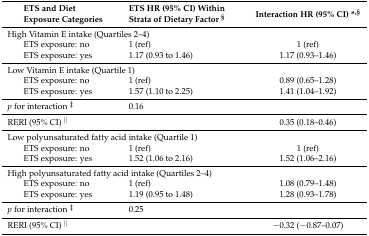
<table><thead><tr><td></td><td><b>ETS and Diet Exposure Categories</b></td><td><b>ETS HR (95% CI) Within Strata of Dietary Factor <sup>§</sup></b></td><td><b>Interaction HR (95% CI) *<sup>,§</sup></b></td></tr></thead><tbody><tr><td colspan="3">High Vitamin E intake (Quartiles 2–4)</td><td></td></tr><tr><td></td><td>ETS exposure: no</td><td>1 (ref)</td><td>1 (ref)</td></tr><tr><td></td><td>ETS exposure: yes</td><td>1.17 (0.93 to 1.46)</td><td>1.17 (0.93–1.46)</td></tr><tr><td colspan="3">Low Vitamin E intake (Quartile 1)</td><td></td></tr><tr><td></td><td>ETS exposure: no</td><td>1 (ref)</td><td>0.89 (0.65–1.28)</td></tr><tr><td></td><td>ETS exposure: yes</td><td>1.57 (1.10 to 2.25)</td><td>1.41 (1.04–1.92)</td></tr><tr><td colspan="2"><i>p</i> for interaction <sup>‡</sup></td><td>0.16</td><td></td></tr><tr><td colspan="2">RERI (95% CI) <sup>‖</sup></td><td></td><td>0.35 (0.18–0.46)</td></tr><tr><td colspan="3">Low polyunsaturated fatty acid intake (Quartile 1)</td><td></td></tr><tr><td></td><td>ETS exposure: no</td><td>1 (ref)</td><td>1 (ref)</td></tr><tr><td></td><td>ETS exposure: yes</td><td>1.52 (1.06 to 2.16)</td><td>1.52 (1.06–2.16)</td></tr><tr><td colspan="3">High polyunsaturated fatty acid intake (Quartiles 2–4)</td><td></td></tr><tr><td></td><td>ETS exposure: no</td><td>1 (ref)</td><td>1.08 (0.79–1.48)</td></tr><tr><td></td><td>ETS exposure: yes</td><td>1.19 (0.95 to 1.48)</td><td>1.28 (0.93–1.78)</td></tr><tr><td colspan="2"><i>p</i> for interaction <sup>‡</sup></td><td>0.25</td><td></td></tr><tr><td colspan="2">RERI (95% CI) <sup>‖</sup></td><td></td><td>−0.32 (−0.87–0.07)</td></tr></tbody></table>